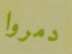
دمروا